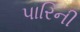
પારિની